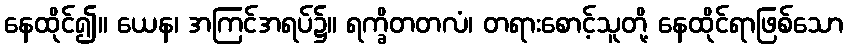
နေထိုင်၍။ ယေန၊ အကြင်အရပ်၌။ ရက္ခိတတလံ၊ တရားစောင့်သူတို့ နေထိုင်ရာဖြစ်သော